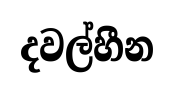
දවල්හීන